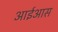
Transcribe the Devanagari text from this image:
आईआस